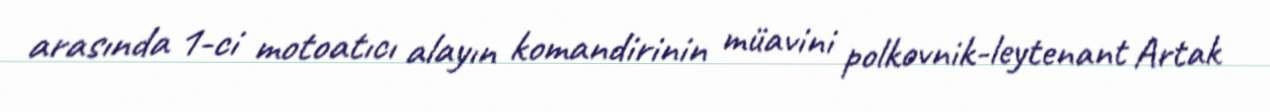
arasında 1-ci motoatıcı alayın komandirinin müavini polkovnik-leytenant Artak